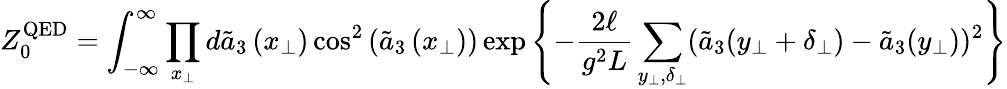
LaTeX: Z_{0}^{\mathrm{QED}}=\int_{-\infty}^{\infty}\prod_{x_{\perp}}d\tilde{a}_{3}\left(x_{\perp}\right)\cos^{2}\left(\tilde{a}_{3}\left(x_{\perp}\right)\right)\exp\left\{ -\frac{2\ell}{g^{2}L}\sum_{y_{\perp},\delta_{\perp}}(\tilde{a}_{3}(y_{\perp}+\delta_{\perp})-\tilde{a}_{3}(y_{\perp}))^{2}\right\}